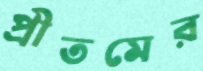
প্রীতমের